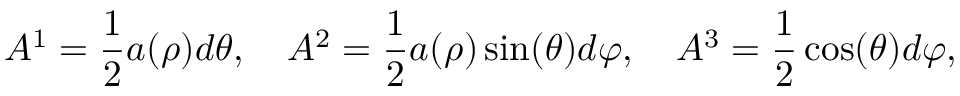
A ^ { 1 } = { \frac { 1 } { 2 } } a ( \rho ) d \theta , \quad A ^ { 2 } = { \frac { 1 } { 2 } } a ( \rho ) \sin ( \theta ) d \varphi , \quad A ^ { 3 } = { \frac { 1 } { 2 } } \cos ( \theta ) d \varphi ,